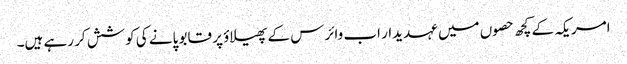
امریکہ کے کچھ حصوں میں عہدیدار اب وائرس کے پھیلاؤ پر قابو پانے کی کوشش کر رہے ہیں۔